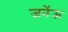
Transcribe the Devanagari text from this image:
जनेंऊ